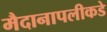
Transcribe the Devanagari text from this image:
मैदानापलीकडे